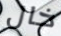
خال